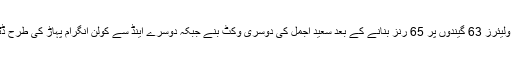
کپتان ڈی ولیئرز 63 گیندوں پر 65 رنز بنانے کے بعد سعید اجمل کی دوسری وکٹ بنے جبکہ دوسرے اینڈ سے کولن انگرام پہاڑ کی طرح ڈٹے رہے۔